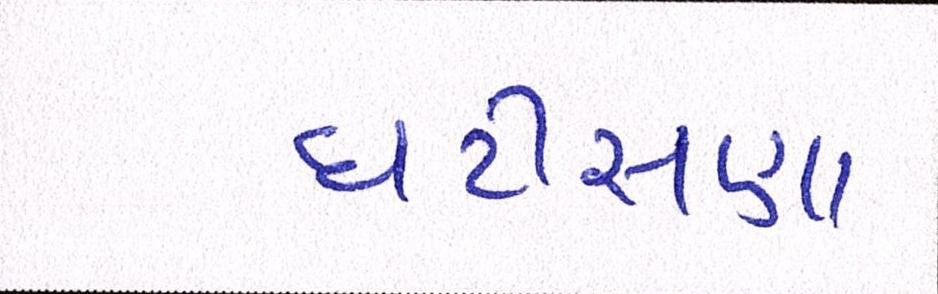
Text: ઘટીસણા